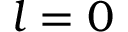
l = 0